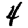
Digit: 4